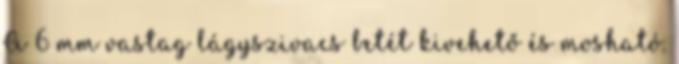
A 6 mm vastag lágyszivacs betét kivehető és mosható.